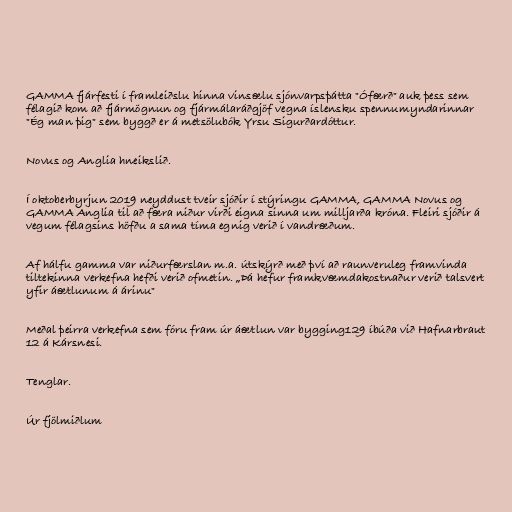
GAMMA fjárfesti í framleiðslu hinna vinsælu sjónvarpsþátta "Ófærð" auk þess sem
félagið kom að fjármögnun og fjármálaráðgjöf vegna íslensku spennumyndarinnar
"Ég man þig" sem byggð er á metsölubók Yrsu Sigurðardóttur.

Novus og Anglia hneikslið.

Í oktoberbyrjun 2019 neyddust tveir sjóðir í stýringu GAMMA, GAMMA Novus og
GAMMA Anglia til að færa niður virði eigna sinna um milljarða króna. Fleiri sjóðir á
vegum félagsins höfðu a sama tíma egnig verið í vandræðum.

Af hálfu gamma var niðurfærslan m.a. útskýrð með því að raunveruleg framvinda
tiltekinna verkefna hefði verið ofmetin. „Þá hefur fram­kvæmda­kostn­aður verið tals­vert
yfir áætl­unum á árinu"

Meðal þeirra verkefna sem fóru fram úr áætlun var bygging129 íbúða við Hafnarbraut
12 á Kársnesi.

Tenglar.

Úr fjölmiðlum